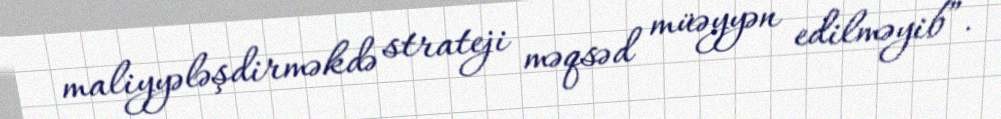
maliyyələşdirməkdə strateji məqsəd müəyyən edilməyib”.